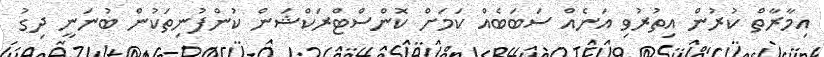
އިމާރާތް ކުރުން އިތުރުވި އަނެއް ސަބަބެއް ކަމަށް ކޮންސްޓްރަކްޝަން ކުންފުނިތަކުން ބުނަނީ ދިގު